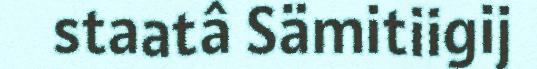
staatâ Sämitiigij